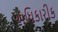
અધિકારીક